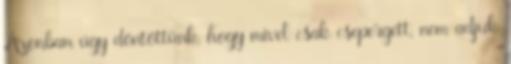
Azonban úgy döntöttünk, hogy mivel csak csepergett, nem adjuk